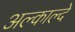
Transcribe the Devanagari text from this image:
अल्काल्दे